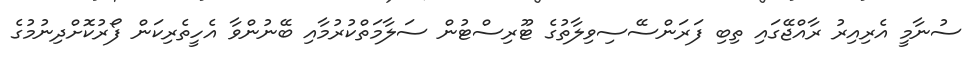
ސުނާމީ އެރިއިރު ރާއްޖޭގައި ތިބި ފަރަންސޭސިވިލާތުގެ ޓޫރިސްޓުން ސަލާމަތްކުރުމާއި ބޭނުންވާ އެހީތެރިކަން ފޯރުކޮށްދިނުމުގެ